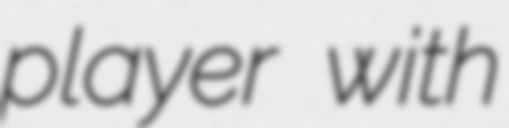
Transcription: player with